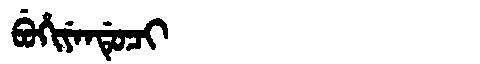
Manchu: ᠪᡠᡥᡳᠶᡝᠨᡩᡠᠴᡳ
Romanization: BUHIYENDUCI